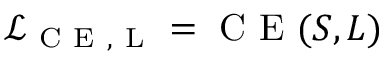
\mathcal { L } _ { \mathrm { ~ C ~ E ~ , ~ L ~ } } = \mathrm { ~ C ~ E ~ } ( S , L )